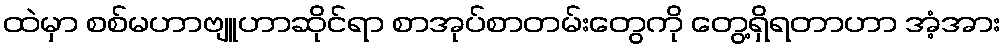
ထဲမှာ စစ်မဟာဗျူဟာဆိုင်ရာ စာအုပ်စာတမ်းတွေကို တွေ့ရှိရတာဟာ အံ့အား